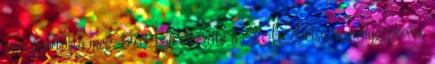
nem gyártotta meg. 1973-ban elkezdte a KIA első személygépkocsi,